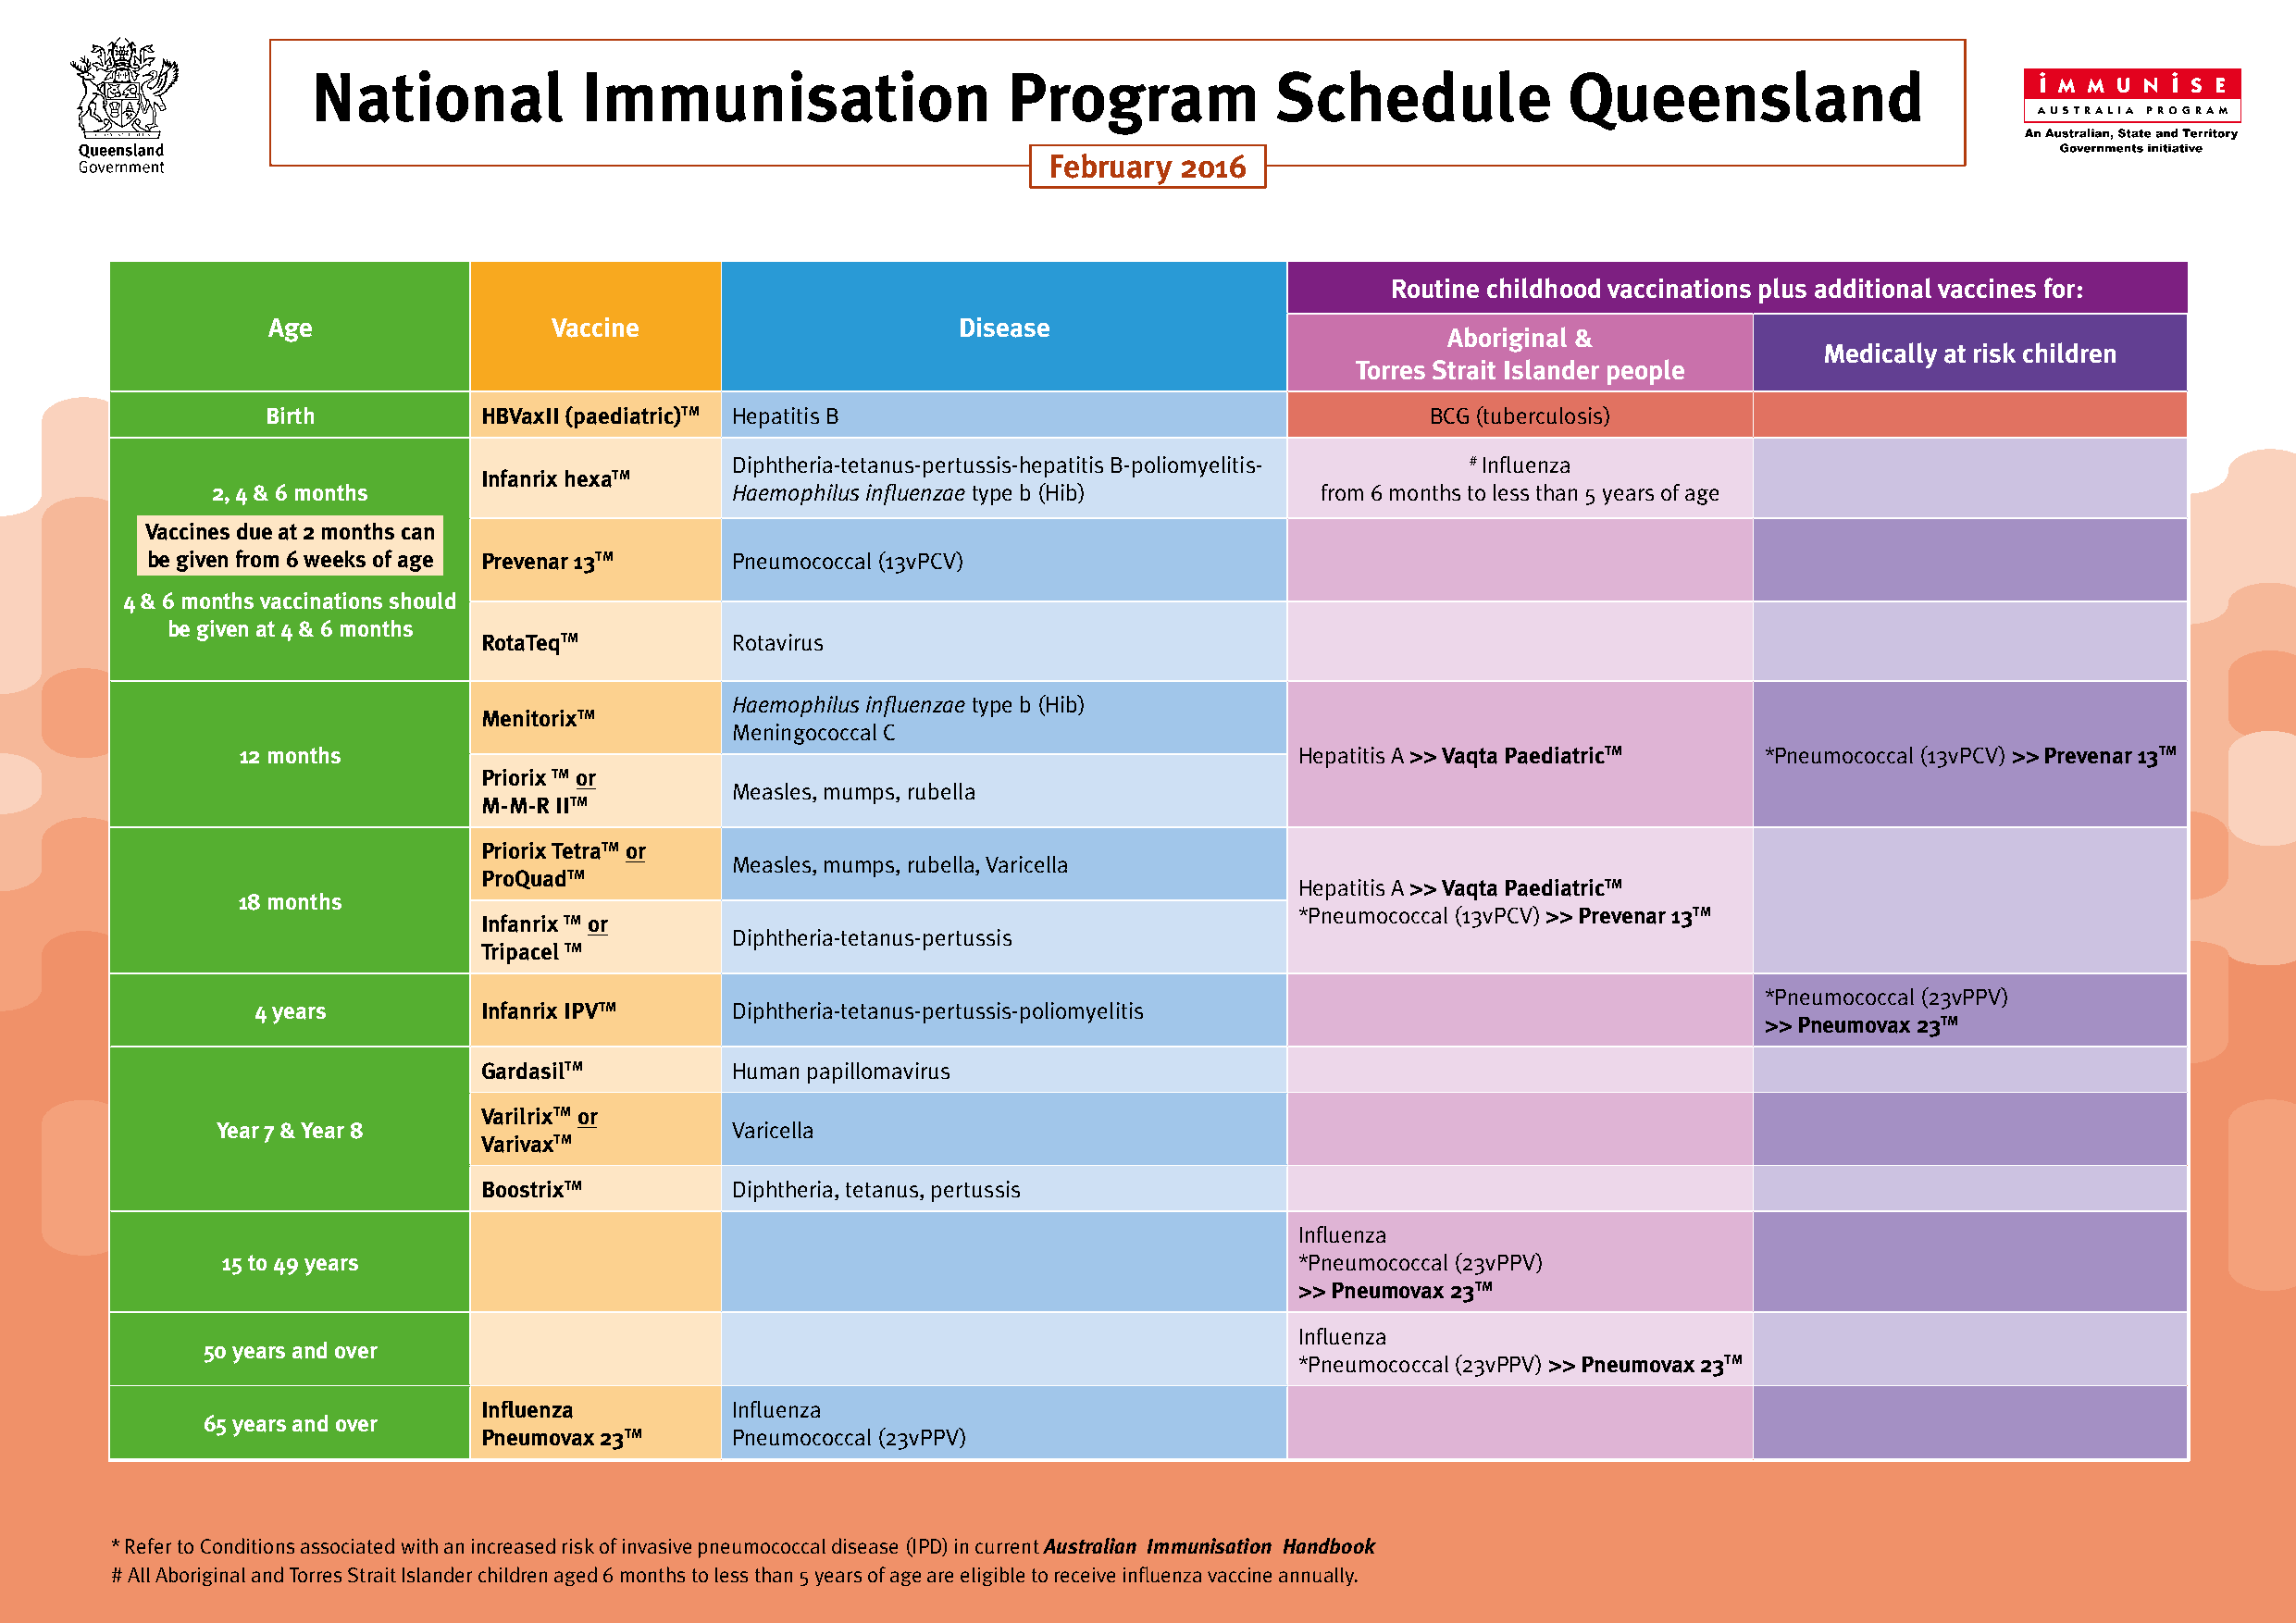
National            Immunisation                  Program            Schedule             Queensland
 February 2016
 Routine childhood vaccinations plus additional vaccines for:
 Age                 Vaccine                       Disease
 Aboriginal &
 Medically at risk children
 Torres Strait Islander people
 Birth          HBVaxII (paediatric)TM Hepatitis B                                  BCG (tuberculosis)
 Diphtheria-tetanus-pertussis-hepatitis B-poliomyelitis- # Influenza
 Infanrix hexaTM
 2, 4 & 6 months                      Haemophilus influenzae type b (Hib)       from 6 months to less than 5 years of age
 Vaccines due at 2 months can
 be given from 6 weeks of age Prevenar 13TM Pneumococcal (13vPCV)
 4 & 6 months vaccinations should
 be given at 4 & 6 months
 RotaTeqTM         Rotavirus
 Haemophilus influenzae type b (Hib)
 MenitorixTM
 Meningococcal C
 12 months                                                                   Hepatitis A >> Vaqta PaediatricTM *Pneumococcal (13vPCV) >> Prevenar 13TM
 Priorix TM or
 Measles, mumps, rubella
 M-M-R IITM
 Priorix TetraTM or
 Measles, mumps, rubella, Varicella
 ProQuadTM
 Hepatitis A >> Vaqta PaediatricTM
 18 months
 *Pneumococcal (13vPCV) >> Prevenar 13TM
 Infanrix TM or
 Diphtheria-tetanus-pertussis
 Tripacel TM
 *Pneumococcal (23vPPV)
 4 years         Infanrix IPVTM    Diphtheria-tetanus-pertussis-poliomyelitis
 >> Pneumovax 23TM
 GardasilTM        Human papillomavirus
 VarilrixTM or
 Year 7 & Year 8                      Varicella
 VarivaxTM
 BoostrixTM        Diphtheria, tetanus, pertussis
 Influenza
 15 to 49 years                                                               *Pneumococcal (23vPPV)
 >> Pneumovax 23TM
 Influenza
 50 years and over
 *Pneumococcal (23vPPV) >> Pneumovax 23TM
 Influenza         Influenza
 65 years and over
 Pneumovax 23TM    Pneumococcal (23vPPV)
 * Refer to Conditions associated with an increased risk of invasive pneumococcal disease (IPD) in current Australian Immunisation Handbook
 # All Aboriginal and Torres Strait Islander children aged 6 months to less than 5 years of age are eligible to receive influenza vaccine annually.